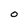
Character: O